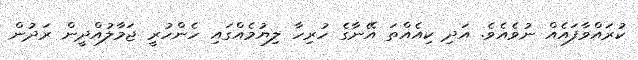
ކުރައްވާފައެއް ނުވެއެވެ. އަދި ކިއެއްތަ އޭނާގެ ހުރިހާ ލިޔުމެއްގައި ހެންހުރީ ޖަމާލުއްދީން ރަދުން